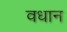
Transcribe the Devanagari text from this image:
वधान